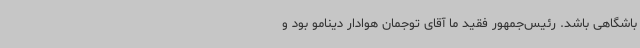
باشگاهی باشد. رئیس‌جمهور فقید ما آقای توجمان هوادار دینامو بود و